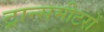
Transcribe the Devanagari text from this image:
ट्रान्समीटरों